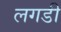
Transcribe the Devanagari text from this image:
लगडी